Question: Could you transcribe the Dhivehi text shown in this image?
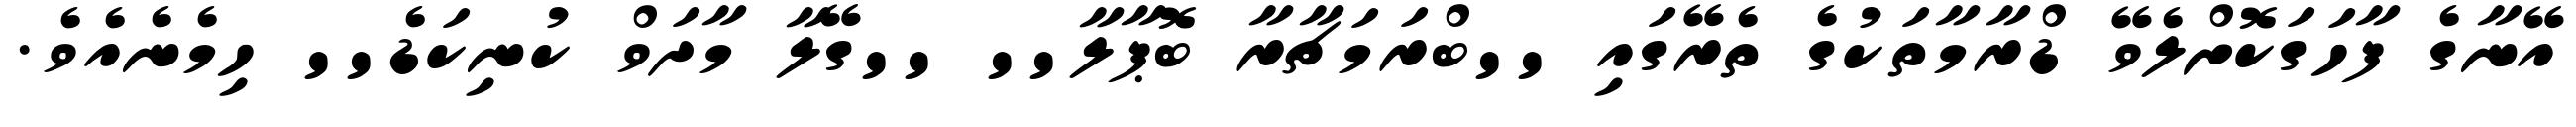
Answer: އޭނާގެ ފާހަގަކޮށްލެވޭ ޑްރާމާތަކުގެ ތެރޭގައި ''ބްރަމަޗާރާ ބޮޕާލާ'' ''ގޭލާ މާދަވް ކުނިކަޑެ'' ހިމެނެއެވެ.